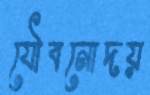
যৌবনোদয়